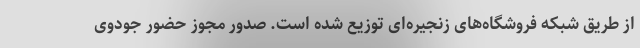
از طریق شبکه فروشگاه‌های زنجیره‌ای توزیع شده است. صدور مجوز حضور جودوی